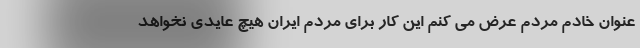
عنوان خادم مردم عرض می کنم این کار برای مردم ایران هیچ عایدی نخواهد